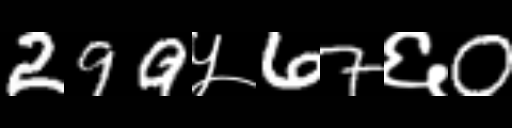
Text: 299५67६0